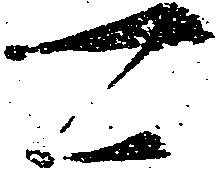
可